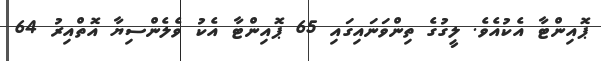
ޕޮއިންޓާ އެކުއެވެ. ލީގުގެ ތިންވަނައިގައި 65 ޕޮއިންޓާ އެކު ވެލެންސިޔާ އޮތްއިރު 64